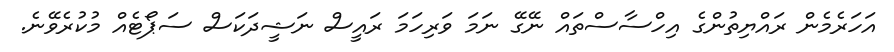
އަހަރެމެން ރައްޔިތުންގެ އިހްސާސްތައް ނޭގޭ ނަމަ ވަރިހަމަ ރައީސް ނަޝީދަކަސް ސަޕޯޓެއް މުކުރެވޭނެ.